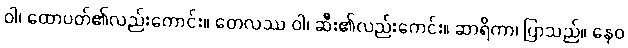
ဝါ၊ ထောပတ်၏လည်းကောင်း။ တေလဿ ဝါ၊ ဆီး၏လည်းကေင်း။ ဆာရိကာ၊ ပြာသည်။ နေဝ